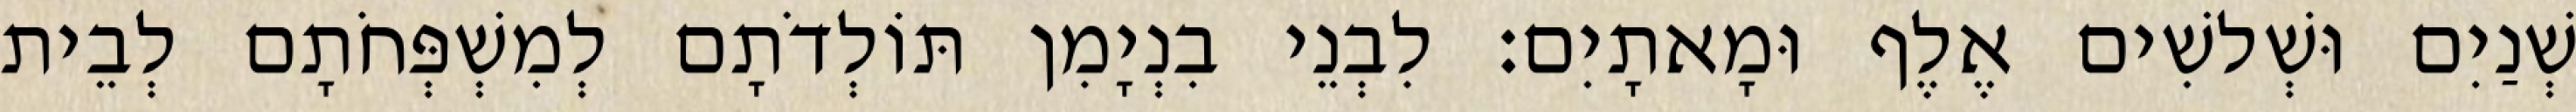
שְׁנַיִם וּשְׁלשִׁים אֶלֶף וּמָאתָיִם׃ לִבְנֵי בִנְיָמִן תּוֹלְדֹתָם לְמִשְׁפְּחֹתָם לְבֵית